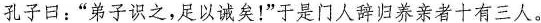
孔子曰：”弟子识之，足以诚矣！”于是门人辞归养亲者十有三人。